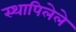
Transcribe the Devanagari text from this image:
स्थापिलेले